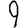
Digit: 9